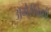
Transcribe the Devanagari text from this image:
अमेरीकेशी